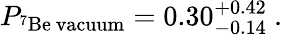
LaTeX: P_{\mathrm{^7Be~vacuum}}=0.30_{-0.14}^{+0.42}~.